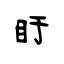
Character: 盱